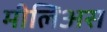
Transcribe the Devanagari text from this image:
मीलिअस